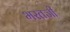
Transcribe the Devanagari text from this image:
भरतजी